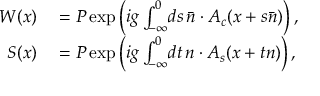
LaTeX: \begin{array} { r l } { { W ( x ) } } & { { } { { } = P \exp \left( i g \int _ { - \infty } ^ { 0 } \! d s \, \bar { n } \cdot A _ { c } ( x + s \bar { n } ) \right) , } } \\ { { S ( x ) } } & { { } { { } = P \exp \left( i g \int _ { - \infty } ^ { 0 } \! d t \, n \cdot A _ { s } ( x + t n ) \right) , } } \end{array}